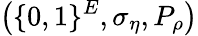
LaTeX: \left(\{ 0,1\} ^{E},\sigma_{\eta},P_{\rho}\right)